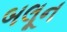
બલૂન